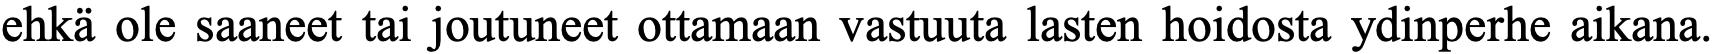
ehkä ole saaneet tai joutuneet ottamaan vastuuta lasten hoidosta ydinperhe aikana.